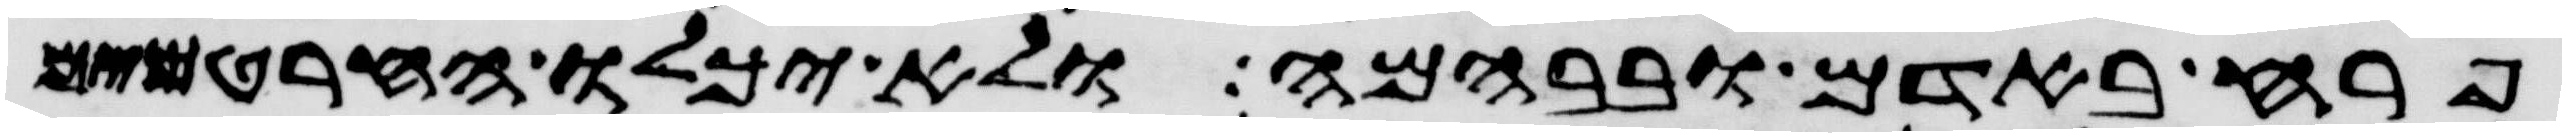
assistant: פרח באדם ובבהמה ולא יכלו החרטמים